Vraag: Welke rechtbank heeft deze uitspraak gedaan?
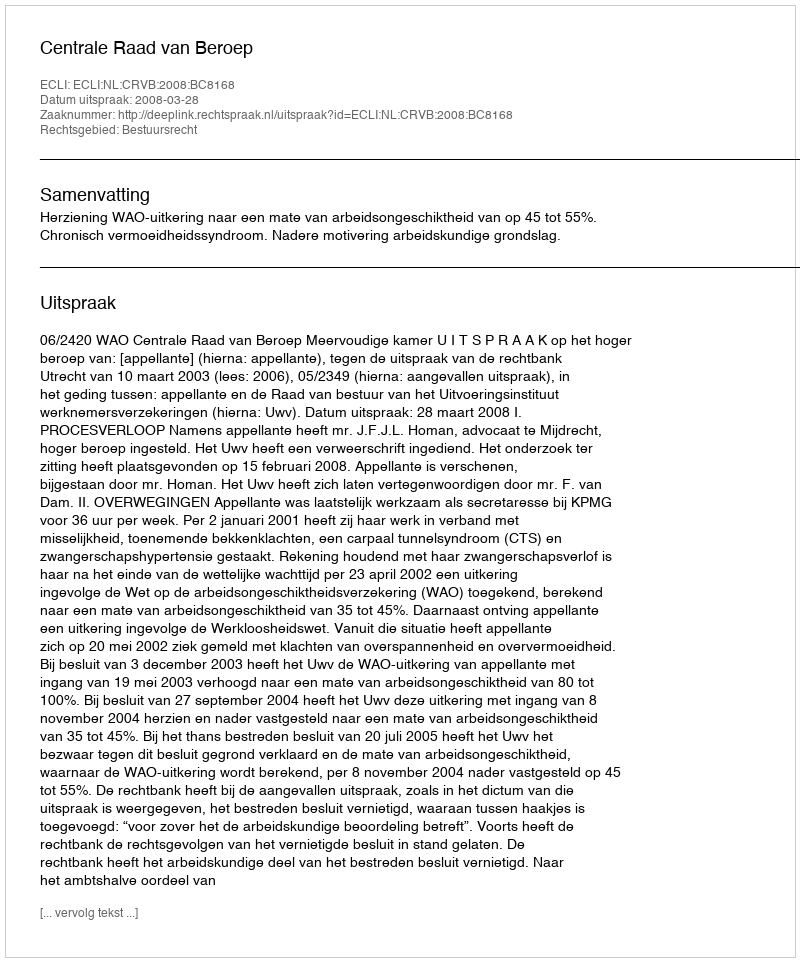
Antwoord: Centrale Raad van Beroep